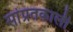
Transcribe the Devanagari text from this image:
सांप्रतकाली